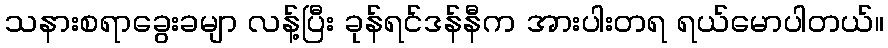
သနားစရာခွေးခမျာ လန့်ပြီး ခုန်ရင်ဒန်နီက အားပါးတရ ရယ်မောပါတယ်။